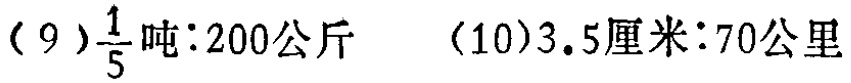
(9)$\frac{1}{5}\text{吨}:200\text{公斤}$  (10)$3.5\text{厘米}:70\text{公里}$